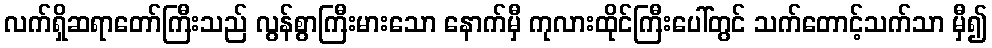
လက်ရှိဆရာတော်ကြီးသည် လွန်စွာကြီးမားသော နောက်မှီ ကုလားထိုင်ကြီးပေါ်တွင် သက်တောင့်သက်သာ မှီ၍